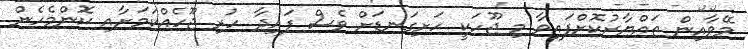
މޭވާއިން ތައްޔާރުކޮށްފައިވާ މި ޖޫހަކީ ހަށިގަނޑަށް ވެސް ފައިދާ ހުރި ޖޫހެއްކަމަށާއި ކޮންމެހެން